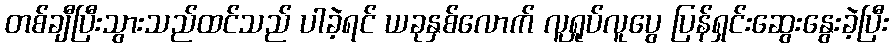
တစ်ချီပြီးသွားသည်ထင်သည် ပါခဲ့ရင် ယခုနှစ်လောက် လူရှုပ်လူပွေ ပြန်ရှင်းဆွေးနွေးခဲ့ပြီး